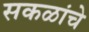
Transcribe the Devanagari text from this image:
सकळांचे